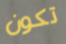
تكون